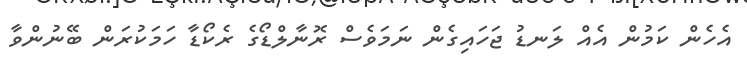
އެހެން ކަމުން އެއް ލަނޑު ޖަހައިގެން ނަމަވެސް ރޮނާލްޑޯގެ ރެކޯޑާ ހަމަކުރަން ބޭނުންވާ